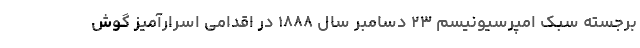
برجسته سبک امپرسیونیسم ۲۳ دسامبر سال ۱۸۸۸ در اقدامی اسرارآمیز گوش